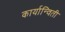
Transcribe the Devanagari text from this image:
कार्यान्विती